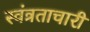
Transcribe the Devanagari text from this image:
स्वंत्रताचारी